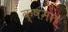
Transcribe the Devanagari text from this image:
क्षमत